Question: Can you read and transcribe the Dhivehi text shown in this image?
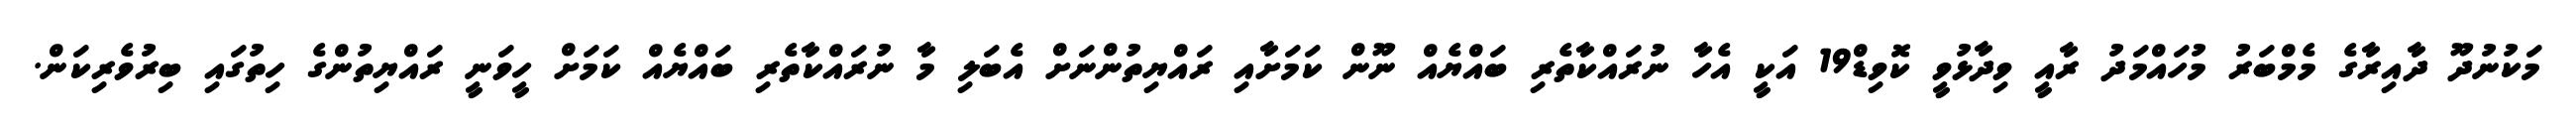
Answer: މަކުނުދޫ ދާއިރާގެ މެމްބަރު މުހައްމަދު ރާއީ ވިދާޅުވީ ކޮވިޑް19 އަކީ އެހާ ނުރައްކާތެރި ބައްޔެއް ނޫން ކަމަށާއި ރައްޔިތުންނަށް އެބަލި މާ ނުރައްކާތެރި ބައްޔެއް ކަމަށް ހީވަނީ ރައްޔިތުންގެ ހިތުގައި ބިރުވެރިކަން.